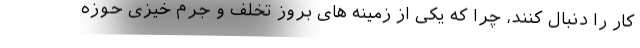
کار را دنبال کنند، چرا که یکی از زمینه های بروز تخلف و جرم خیزی حوزه